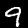
Digit: 9